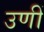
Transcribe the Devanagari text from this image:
उणीं